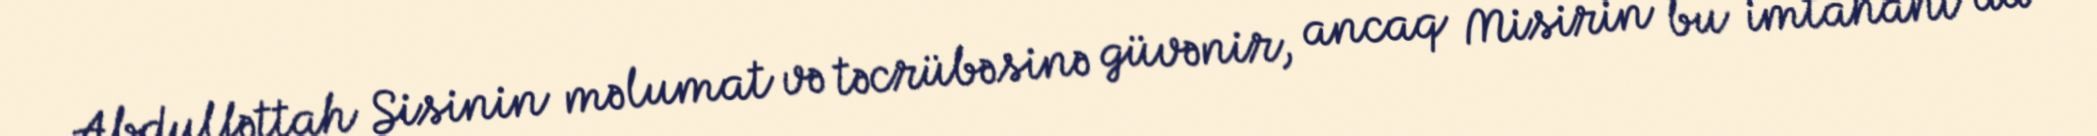
Abdulfəttah Sisinin məlumat və təcrübəsinə güvənir, ancaq Misirin bu imtahanı da